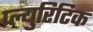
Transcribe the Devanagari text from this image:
प्ल्युरिटिक